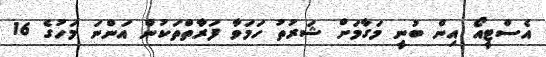
އެސްޓީއޯ އިން ބުނީ މަގާމަށް ޝަރުތު ހަމަވާ ފަރާތްތަކުން އަންނަ މަހުގެ 16